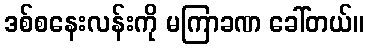
ဒစ်စနေးလန်းကို မကြာခဏ ခေါ်တယ်။